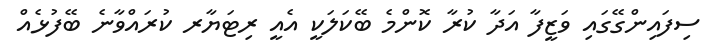
ސިފައިންގޭގައި ވަޒީފާ އަދާ ކުރާ ކޮންމެ ބޭކަލަކީ އެއީ ރިޓަޔާރ ކުރައްވާނެ ބޭފުޅެއް